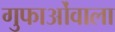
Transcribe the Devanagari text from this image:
गुफाओंवाला